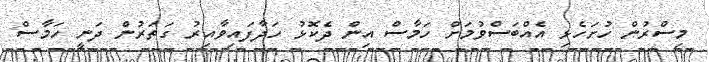
މިސްރުން ހުށަހެޅި އެއްބަސްވުމަށް ހަމާސް އިން ދެކޮޅު ހަދާފައިވާއިރު ގަތަރުން ދަނީ ހަމާސް